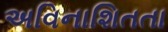
અવિનાશિતતા